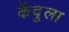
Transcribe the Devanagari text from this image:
केंदुला